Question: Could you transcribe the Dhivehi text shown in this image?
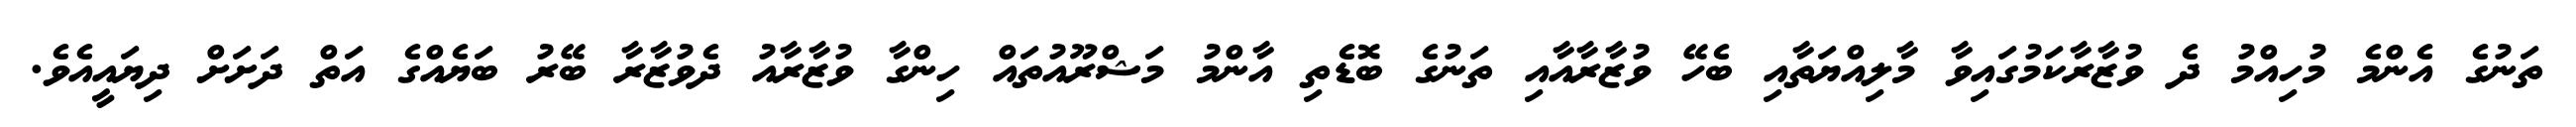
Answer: ތަނުގެ އެންމެ މުހިއްމު ދެ ވުޒާރާކަމުގައިވާ މާލިއްޔަތާއި ބެހޭ ވުޒާރާއާއި ތަނުގެ ބޮޑެތި އާންމު މަޝްރޫއުތައް ހިންގާ ވުޒާރާއު ދެވުޒާރާ ބޭރު ބަޔެއްގެ އަތް ދަށަށް ދިޔައީއެވެ.